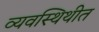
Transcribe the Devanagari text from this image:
व्यवस्थिथीत